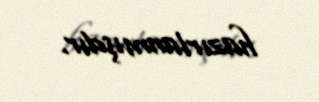
hazırlanmışdır.